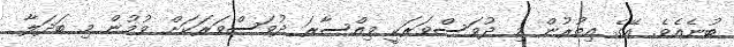
ބުނެއެވެ. އޭގެ އިތުރުން މި ދުވަސްވަރަކީ ވިއްސާރަ ދުވަސްވަރަކަށް ވުމުން މި ބަދަލާ